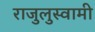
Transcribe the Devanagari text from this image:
राजुलुस्वामी